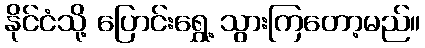
နိုင်ငံသို့ ပြောင်းရွှေ့ သွားကြတော့မည်။